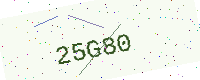
Text: 25G80